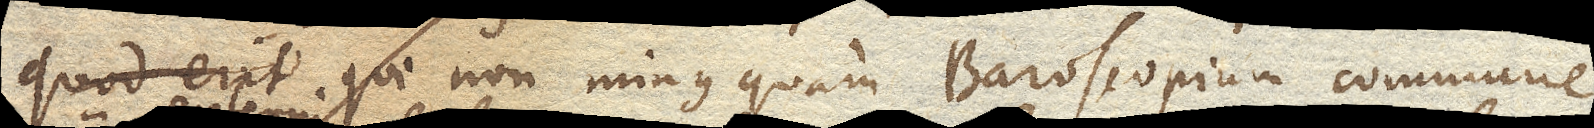
quod erit qui non minus quam Baroscopium commune